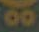
Go